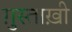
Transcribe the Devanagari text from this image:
ग़ुस्ताख़ी